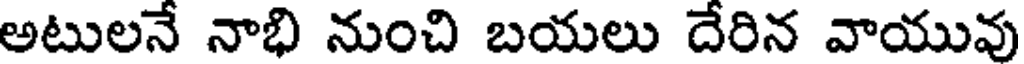
అటులనే నాభి నుంచి బయలు దేరిన వాయువు